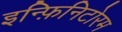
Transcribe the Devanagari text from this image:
इन्फ़िनिटोरम